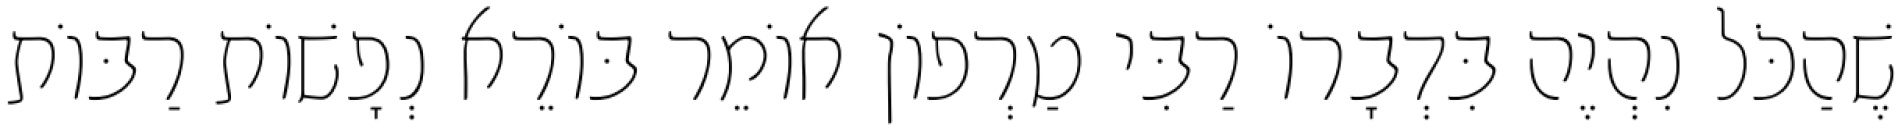
שֶׁהַכֹּל נִהְיֶה בִּדְבָרוֹ רַבִּי טַרְפוֹן אוֹמֵר בּוֹרֵא נְפָשׁוֹת רַבּוֹת